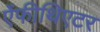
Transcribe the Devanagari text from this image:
ऐंफीथिएटर